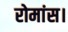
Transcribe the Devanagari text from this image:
रोमांस।